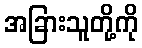
အခြားသူတို့ကို